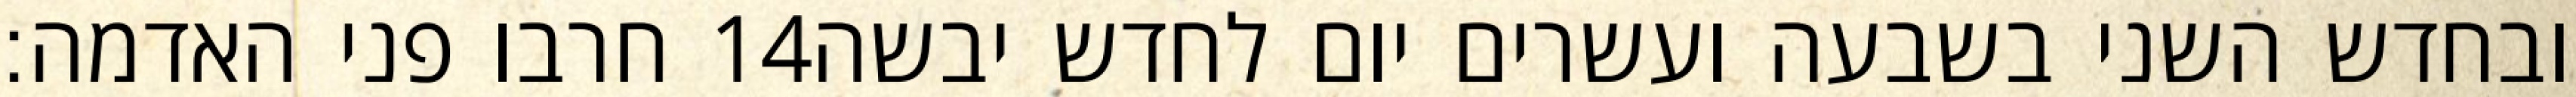
חרבו פני האדמה׃ ‎14‏ ובחדש השני בשבעה ועשרים יום לחדש יבשה